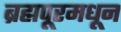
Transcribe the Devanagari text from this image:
ब्रह्मपूरमधून